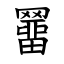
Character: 羀